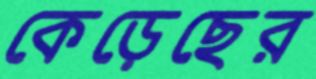
কেড়েছের